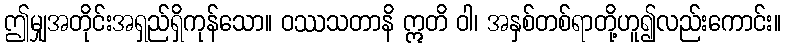
ဤမျှအတိုင်းအရှည်ရှိကုန်သော။ ဝဿသတာနိ ဣတိ ဝါ၊ အနှစ်တစ်ရာတို့ဟူ၍လည်းကောင်း။